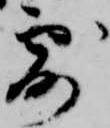
露